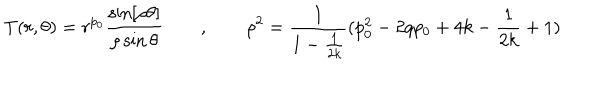
LaTeX: T ( r , \theta ) = r ^ { p _ { 0 } } \frac { \sin [ \rho \theta ] } { \rho \sin \theta } \qquad , \qquad \rho ^ { 2 } = \frac { 1 } { 1 - \frac { 1 } { 2 k } } ( p _ { 0 } ^ { 2 } - 2 q p _ { 0 } + 4 k - \frac { 1 } { 2 k } + 1 )